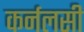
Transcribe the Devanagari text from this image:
कर्नलसी